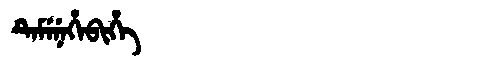
Manchu: ᡨᡝᠮᡝᠨᡝᡥᡝᠪᡳᡥᡝ
Romanization: TEMENEHEBIHE